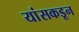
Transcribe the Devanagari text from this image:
यांसकडून